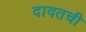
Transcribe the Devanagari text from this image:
दावतची